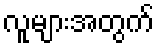
လူများအတွက်